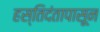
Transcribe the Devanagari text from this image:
हस्तिदंतापासून